Lunatic asylums Central Provinces reports 1895-1909 - 1895-1909
Year: 1895
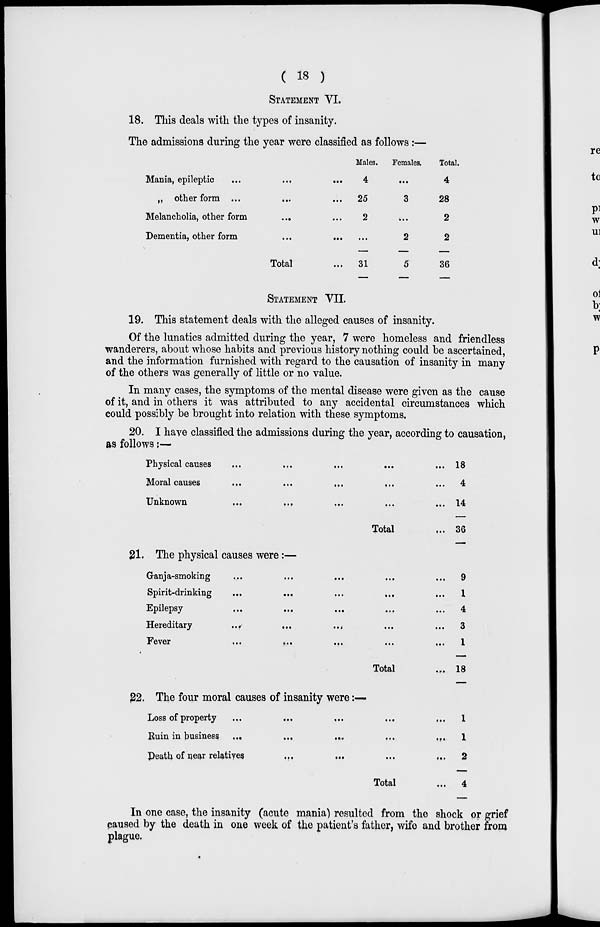
( 18 )
STATEMENT VI.
18. This deals with the types of insanity.
The admissions during the year were classified as follows:—
Mania, epileptic
...
...
...
„ other form ...
... ...
Melancholia, other form
... ...
Dementia, other form ... ...
Total ...
Males.
4
25
2
...
31
Females.
...
3
...
2
5
Total.
4
28
2
2
36
STATEMENT VII.
19. This statement deals with the alleged causes of insanity.
Of the lunatics admitted during the year, 7 were homeless and friendless
wanderers, about whose habits and previous history nothing could be ascertained,
and the information furnished with regard to the causation of insanity in many
of the others was generally of little or no value.
In many cases, the symptoms of the mental disease were given as the cause
of it, and in others it was attributed to any accidental circumstances which
could possibly be brought into relation with these symptoms.
20. I have classified the admissions during the year, according to causation,
as follows:—
Physical causes
...
...
...
...
...
Moral causes
...
...
...
...
...
Unknown
...
...
...
...
...
Total ...
18
4
14
36
21. The physical causes were:—
Ganja-smoking
...
...
...
...
...
Spirit-drinking ... ... ... ... ...
Epilepsy
...
...
...
...
...
Hereditary
...
...
...
...
...
Fever
...
...
...
...
...
Total ...
9
1
4
3
1
18
22. The four moral causes of insanity were:—
Loss of property
...
...
...
...
...
Ruin in business. ...
...
...
...
...
Death of near relatives
...
...
...
...
Total ...
1
1
2
4
In one case, the insanity (acute mania) resulted from the shock or grief
caused by the death in one week of the patient's father, wife and brother from
plague.